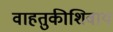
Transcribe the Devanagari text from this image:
वाहतुकीशिवाय